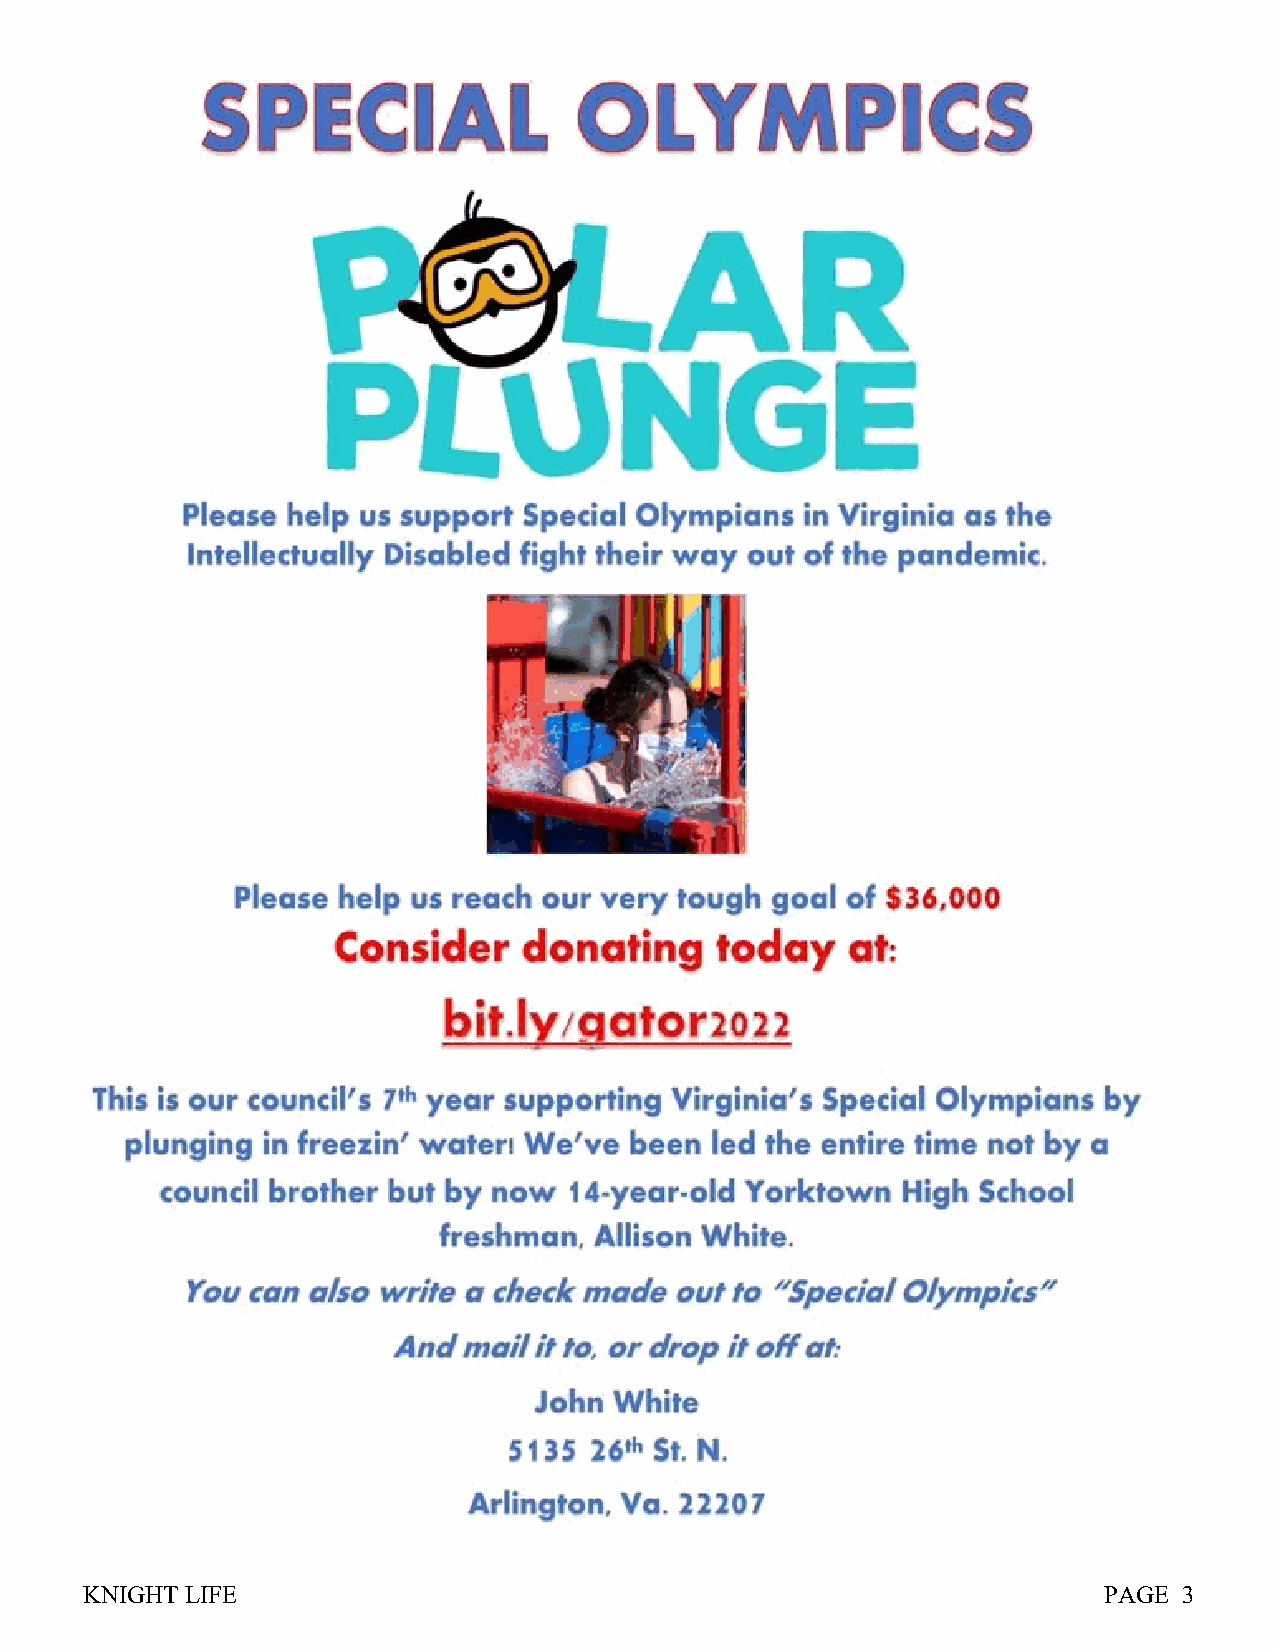
KNIGHT LIFE                                                         PAGE 3